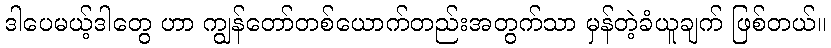
ဒါပေမယ့်ဒါတွေ ဟာ ကျွန်တော်တစ်ယောက်တည်းအတွက်သာ မှန်တဲ့ခံယူချက် ဖြစ်တယ်။